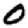
Digit: 0